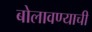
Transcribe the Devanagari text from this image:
बोलावण्याची